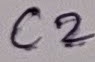
Text: C2